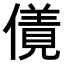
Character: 𠏌